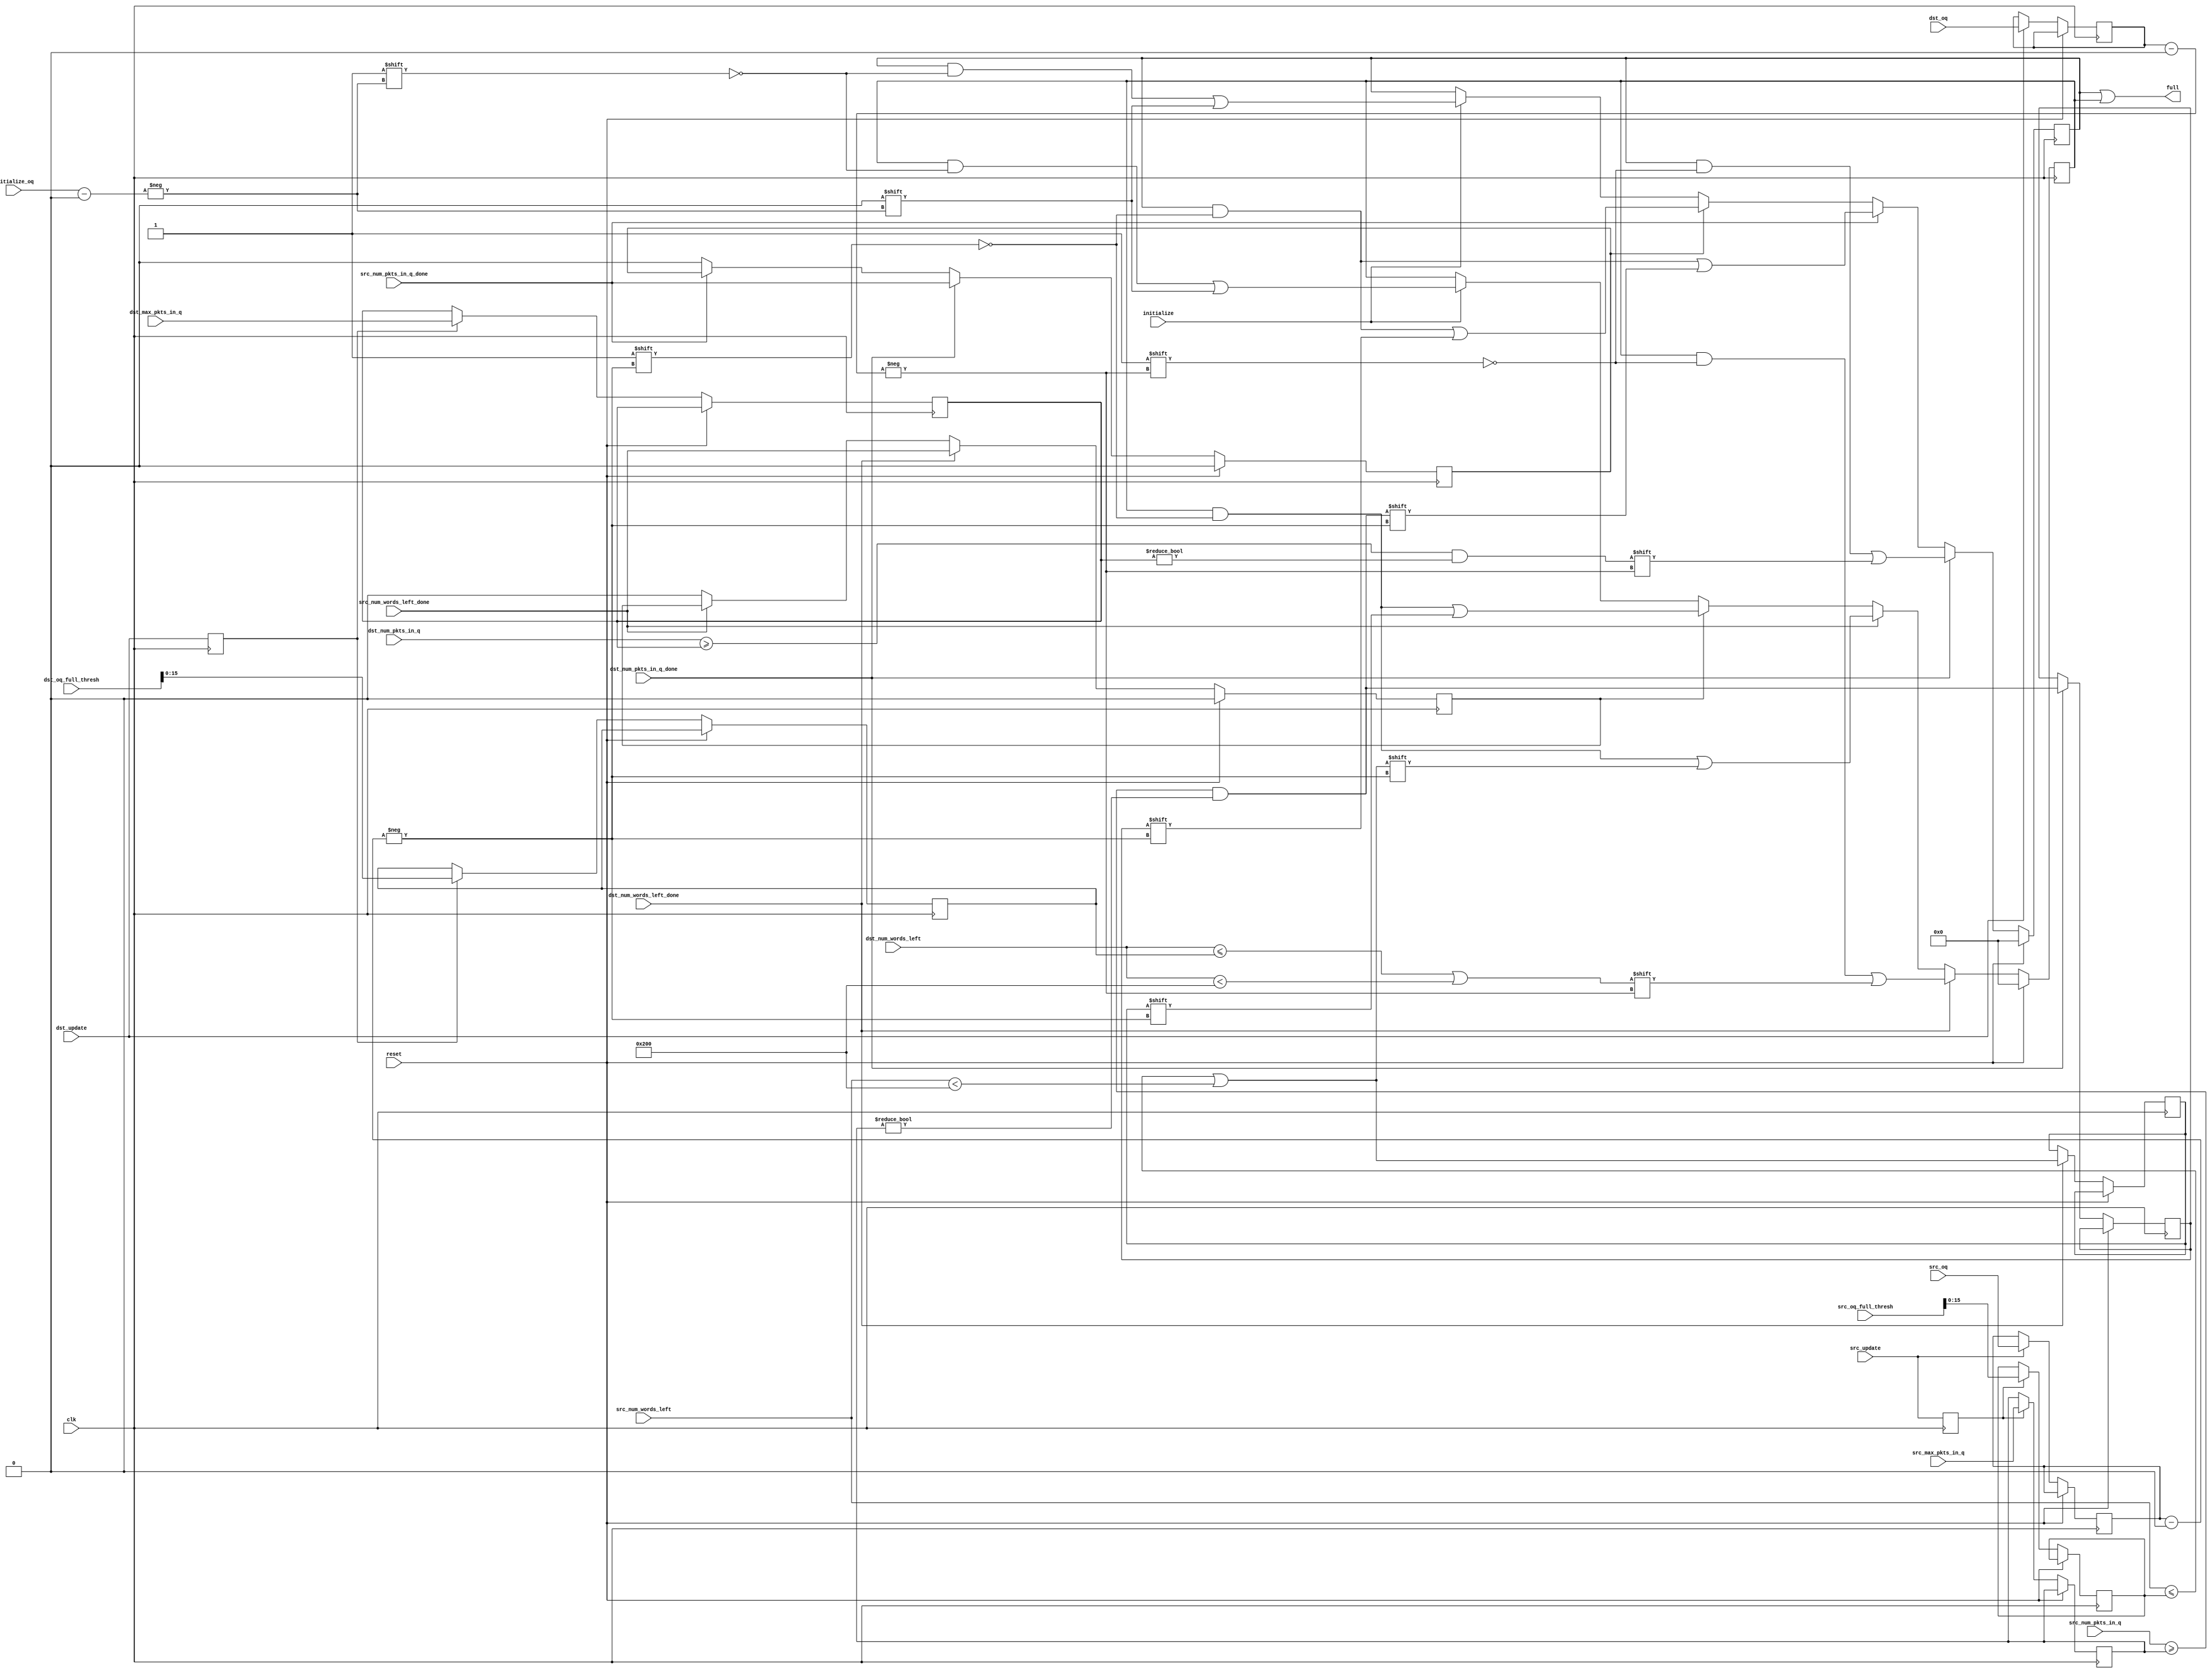
///////////////////////////////////////////////////////////////////////////////
// vim:set shiftwidth=3 softtabstop=3 expandtab:
// $Id: oq_regs_eval_full.v 4213 2008-06-29 02:45:30Z grg $
//
// Module: oq_regs_eval_full.v
// Project: NF2.1
// Description: Evaluates whether a queue is full
//
// Currently looks at the number of packets in the queue and the number of
// words left
//
///////////////////////////////////////////////////////////////////////////////
`timescale 1ns/1ps

module oq_regs_eval_full
  #(
      parameter SRAM_ADDR_WIDTH     = 19,
      parameter CTRL_WIDTH          = 8,
      parameter UDP_REG_SRC_WIDTH   = 2,
      parameter NUM_OUTPUT_QUEUES   = 8,
      parameter NUM_OQ_WIDTH        = log2(NUM_OUTPUT_QUEUES),
      parameter PKT_LEN_WIDTH       = 11,
      parameter PKT_WORDS_WIDTH     = PKT_LEN_WIDTH-log2(CTRL_WIDTH),
      parameter MAX_PKT             = 2048/CTRL_WIDTH,   // allow for 2K bytes,
      parameter MIN_PKT             = 60/CTRL_WIDTH + 1,
      parameter PKTS_IN_RAM_WIDTH   = log2((2**SRAM_ADDR_WIDTH)/MIN_PKT)
   )

   (
      // --- Inputs from dst update ---
      input                               dst_update,
      input [NUM_OQ_WIDTH-1:0]            dst_oq,
      input [PKTS_IN_RAM_WIDTH-1:0]       dst_max_pkts_in_q,
      input [PKTS_IN_RAM_WIDTH-1:0]       dst_num_pkts_in_q,
      input                               dst_num_pkts_in_q_done,

      input [SRAM_ADDR_WIDTH-1:0]         dst_oq_full_thresh,
      input [SRAM_ADDR_WIDTH-1:0]         dst_num_words_left,
      input                               dst_num_words_left_done,

      // --- Inputs from src update ---
      input                               src_update,
      input [NUM_OQ_WIDTH-1:0]            src_oq,
      input [PKTS_IN_RAM_WIDTH-1:0]       src_max_pkts_in_q,
      input [PKTS_IN_RAM_WIDTH-1:0]       src_num_pkts_in_q,
      input                               src_num_pkts_in_q_done,

      input [SRAM_ADDR_WIDTH-1:0]         src_oq_full_thresh,
      input [SRAM_ADDR_WIDTH-1:0]         src_num_words_left,
      input                               src_num_words_left_done,

      // --- Clear the flag ---
      input                               initialize,
      input [NUM_OQ_WIDTH-1:0]            initialize_oq,

      output     [NUM_OUTPUT_QUEUES-1:0]  full,


      // --- Misc
      input                               clk,
      input                               reset
   );

   function integer log2;
      input integer number;
      begin
         log2=0;
         while(2**log2<number) begin
            log2=log2+1;
         end
      end
   endfunction // log2


   // ------------- Internal parameters --------------


   // ------------- Wires/reg ------------------

   reg [NUM_OUTPUT_QUEUES-1:0]   full_pkts_in_q;
   reg [NUM_OUTPUT_QUEUES-1:0]   full_words_left;

   wire                          src_full_pkts_in_q;
   reg                           src_full_pkts_in_q_held;
   wire                          dst_full_pkts_in_q;

   wire                          src_full_words_left;
   reg                           src_full_words_left_held;
   wire                          dst_full_words_left;

   reg                           dst_update_d1;
   reg                           src_update_d1;

   reg [PKTS_IN_RAM_WIDTH-1:0]   dst_max_pkts_in_q_held;
   reg [PKTS_IN_RAM_WIDTH-1:0]   src_max_pkts_in_q_held;

   reg [PKTS_IN_RAM_WIDTH-1:0]   dst_oq_full_thresh_held;
   reg [PKTS_IN_RAM_WIDTH-1:0]   src_oq_full_thresh_held;

   reg [NUM_OQ_WIDTH-1:0]        dst_oq_held;
   reg [NUM_OQ_WIDTH-1:0]        src_oq_held;

   reg                           src_num_pkts_in_q_done_held;
   reg                           src_num_words_left_done_held;

   // ------------- Logic ------------------

   assign full = full_pkts_in_q | full_words_left;



   assign src_full_pkts_in_q = src_num_pkts_in_q >= src_max_pkts_in_q_held &&
                               src_max_pkts_in_q_held != 0;

   assign dst_full_pkts_in_q = dst_num_pkts_in_q >= dst_max_pkts_in_q_held &&
                               dst_max_pkts_in_q_held != 0;

   assign src_full_words_left = src_num_words_left <= src_oq_full_thresh_held ||
                                src_num_words_left < 2 * MAX_PKT;

   assign dst_full_words_left = dst_num_words_left <= dst_oq_full_thresh_held ||
                                dst_num_words_left < 2 * MAX_PKT;



   always @(posedge clk)
   begin
      dst_update_d1 <= dst_update;
      src_update_d1 <= src_update;

      if (reset) begin
         full_pkts_in_q <= 'h0;
         full_words_left <= 'h0;

         src_num_pkts_in_q_done_held <= 1'b0;
         src_num_words_left_done_held <= 1'b0;
      end
      else begin
         if (dst_update) begin
            dst_oq_held <= dst_oq;
         end

         if (src_update) begin
            src_oq_held <= src_oq;
         end

         // Latch the maximums the cycle immediately following the update
         // notifications. The update notifications are linked to the read
         // ports of the appropriate registers so the read value will always
         // be returned in the next cycle.
         if (dst_update_d1) begin
            dst_max_pkts_in_q_held <= dst_max_pkts_in_q;
            dst_oq_full_thresh_held <= dst_oq_full_thresh;
         end

         if (src_update_d1) begin
            src_max_pkts_in_q_held <= src_max_pkts_in_q;
            src_oq_full_thresh_held <= src_oq_full_thresh;
         end


         // Update the full status giving preference to stores over removes
         // since we don't want to accidentally try adding to a full queue

         // Number of packets in queue
         if (dst_num_pkts_in_q_done) begin
            full_pkts_in_q[dst_oq_held] <= dst_full_pkts_in_q;

            src_num_pkts_in_q_done_held <= src_num_pkts_in_q_done;
            src_full_pkts_in_q_held <= src_full_pkts_in_q;
         end
         else if (src_num_pkts_in_q_done) begin
            full_pkts_in_q[src_oq_held] <= src_full_pkts_in_q;
         end
         else if (src_num_pkts_in_q_done_held) begin
            full_pkts_in_q[src_oq_held] <= src_full_pkts_in_q_held;

            src_num_pkts_in_q_done_held <= 1'b0;
         end
         else if (initialize) begin
            full_pkts_in_q[initialize_oq] <= 1'b0;
         end


         // Number of words left:
         if (dst_num_words_left_done) begin
            full_words_left[dst_oq_held] <= dst_full_words_left;

            src_num_words_left_done_held <= src_num_words_left_done;
            src_full_words_left_held <= src_full_words_left;
         end
         else if (src_num_words_left_done) begin
            full_words_left[src_oq_held] <= src_full_words_left;
         end
         else if (src_num_words_left_done_held) begin
            full_words_left[src_oq_held] <= src_full_words_left_held;

            src_num_words_left_done_held <= 1'b0;
         end
         else if (initialize) begin
            full_words_left[initialize_oq] <= 1'b0;
         end
      end
   end

endmodule // oq_regs_eval_full